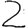
Digit: 2